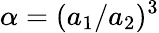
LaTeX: \alpha=(a_{1}/a_{2})^{3}